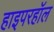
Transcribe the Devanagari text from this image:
हाइपरहॉल